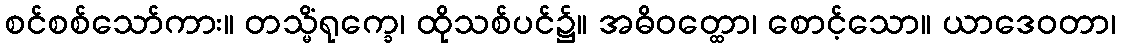
စင်စစ်သော်ကား။ တသ္မိံရုက္ခေ၊ ထိုသစ်ပင်၌။ အဓိဝတ္ထော၊ စောင့်သော။ ယာဒေဝတာ၊